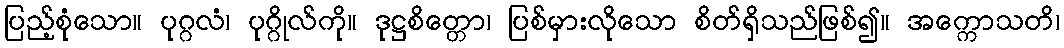
ပြည့်စုံသော။ ပုဂ္ဂလံ၊ ပုဂ္ဂိုလ်ကို။ ဒုဋ္ဌစိတ္တော၊ ပြစ်မှားလိုသော စိတ်ရှိသည်ဖြစ်၍။ အက္ကောသတိ၊